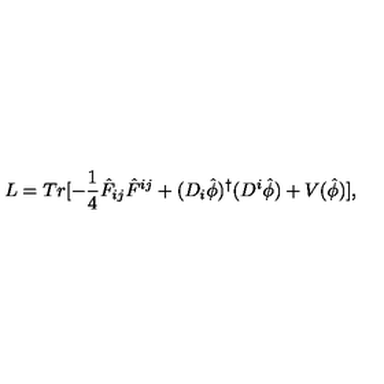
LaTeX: L = T r [ - \frac { 1 } { 4 } { \hat { F } } _ { i j } { \hat { F } } ^ { i j } + ( D _ { i } { \hat { \phi } } ) ^ { \dagger } ( D ^ { i } { \hat { \phi } } ) + V ( \hat { \phi } ) ] ,